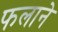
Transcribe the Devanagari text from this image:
फलाने